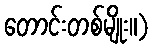
တောင်းတစ်မျိုး။)